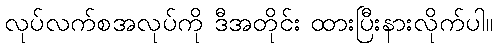
လုပ်လက်စအလုပ်ကို ဒီအတိုင်း ထားပြီးနားလိုက်ပါ။